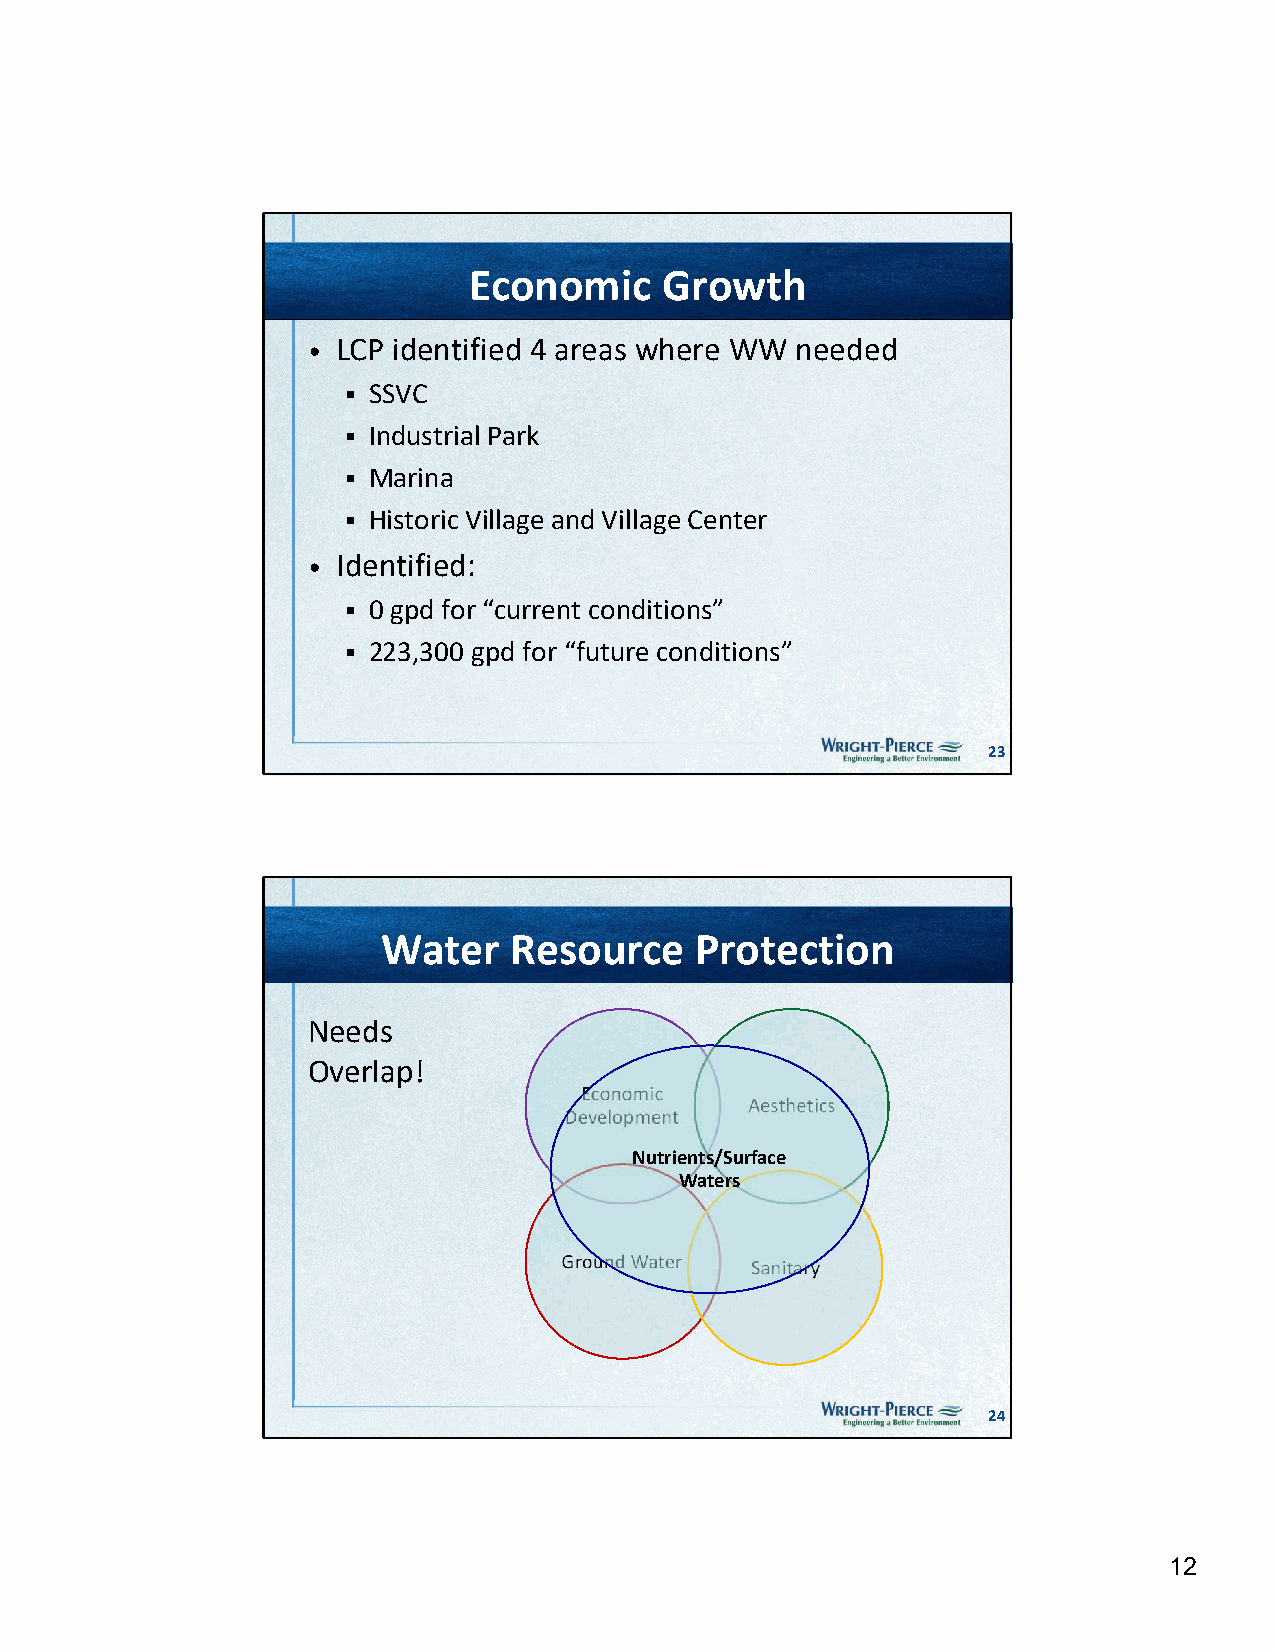
Economic     Growth
 • LCP identified 4 areas where WW needed
  SSVC
  Industrial Park
  Marina
  Historic Village and Village Center
 • Identified:
  0 gpd for “current conditions”
  223,300 gpd for “future conditions”
 23
 Water    Resource    Protection
 Needs
 Overlap!
 Economic
 Aesthetics
 Development
 Nutrients/Surface
 Waters
 Ground Water Sanitary
 24
 12